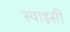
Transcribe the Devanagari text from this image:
स्‍पाइसी